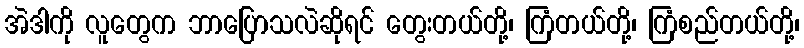
အဲဒါကို လူတွေက ဘာပြောသလဲဆိုရင် တွေးတယ်တို့၊ ကြံတယ်တို့၊ ကြံစည်တယ်တို့၊